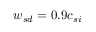
{ w _ { s d } } = 0 . 9 c _ { s i }